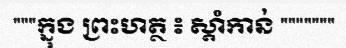
"""ក្នុង ព្រះហត្ថ ៖ ស្តាំកាន់ """""""